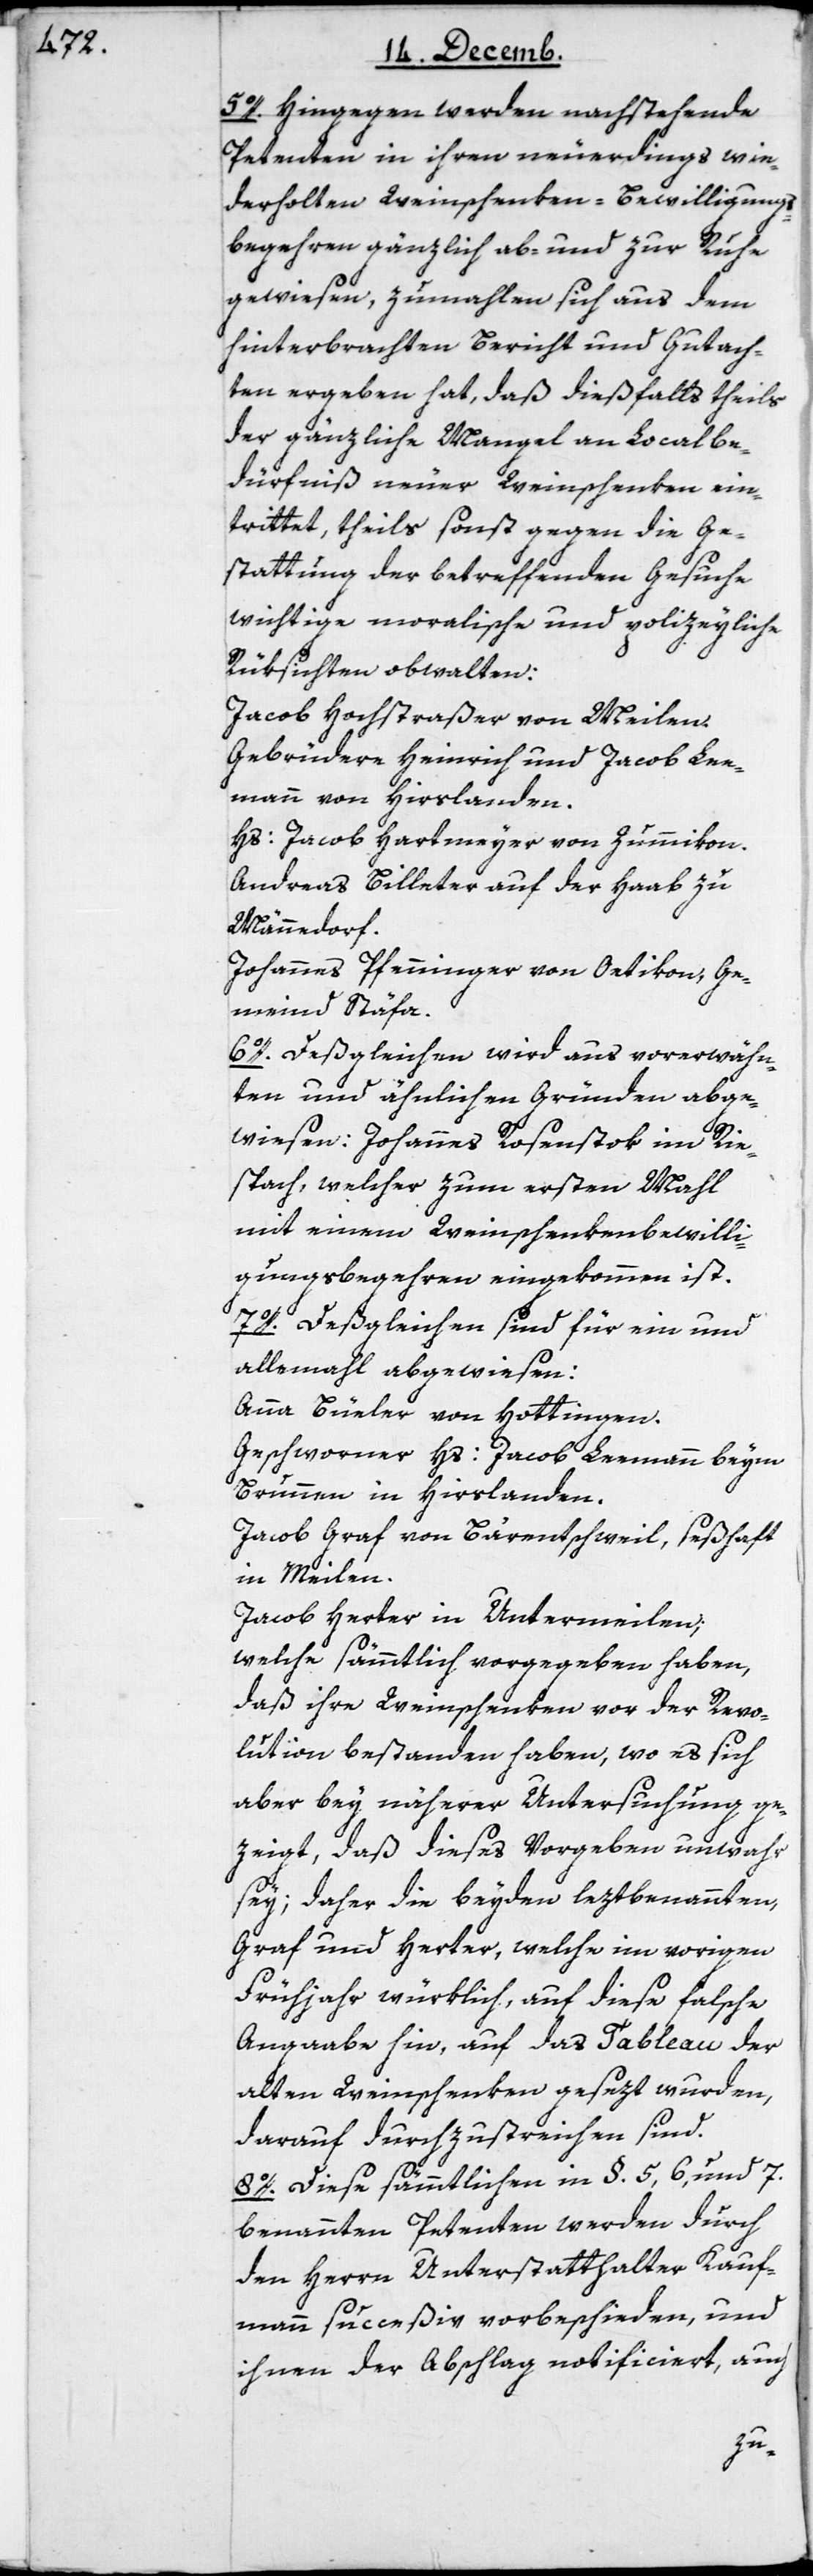
5o. Hingegen werden nachstehende
Petenten in ihren neuerdings wie¬
derholten Weinschenken-Bewilligungs¬
begehren gänzlich ab- und zur Ruhe
gewiesen, zumahlen sich aus dem
hinterbrachten Bericht und Gutach¬
ten ergeben hat, daß dießfalls theils
der gänzliche Mangel an Localbe¬
dürfniß neuer Weinschenken ein¬
trittet, theils sonst gegen die Ge¬
stattung der betreffenden Gesuche
wichtige moralische und polizeyliche
Rüksichten obwalten:
Jacob Hochstraßer von Meilen.
Gebrüdere Heinrich und Jacob Lee¬
mann von Hirslanden.
Hs. Jacob Hartmeyer von Zummikon.
Andreas Billeter auf der Haab zu
Männedorf.
Johannes Pfenninger von Oetikon, Ge¬
meind Stäfa.
6o. Deßgleichen wird aus vorerwähn¬
ten und ähnlichen Gründen abge¬
wiesen: Johannes Rosenstok im Rie¬
spach, welcher zum ersten Mahl
mit einem Weinschenkenbewilli¬
gungsbegehren eingekommen ist.
7o. Deßgleichen sind für ein und
allemahl abgewiesen:
Anna Büeler von Hottingen.
Geschworner Hs. Jacob Leemann beym
Brunnen in Hirslanden.
Jacob Graf von Bärentschweil, seßhaft
in Meilen.
Jacob Herter in Untermeilen;
welche sämmtlich vorgegeben haben,
daß ihre Weinschenken vor der Revo¬
lution bestanden haben, wo es sich
aber bey näherer Untersuchung ge¬
zeigt, daß dieses Vorgeben unwahr
sey; daher die beyden letztbenannten,
Graf und Herter, welche im vorigen
Frühjahr würklich, auf diese falsche
Angaabe hin, auf das Tableau der
alten Weinschenken gesezt wurden,
darauf durchzustreichen sind.
8o. Diese sämmtlichen in §. 5, 6 und 7.
benannten Petenten werden durch
den Herrn Unterstatthalter Kauf¬
mann succeßiv vorbeschieden, und
ihnen der Abschlag notificiert, auch